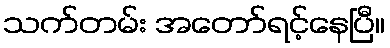
သက်တမ်း အတော်ရင့်နေပြီ။